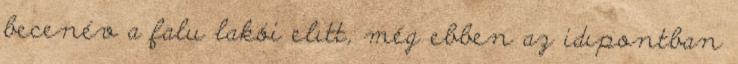
becenév a falu lakói elıtt, még ebben az idıpontban